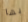
بها